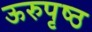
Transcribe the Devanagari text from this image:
ऊरुपृष्ठ